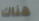
هناك